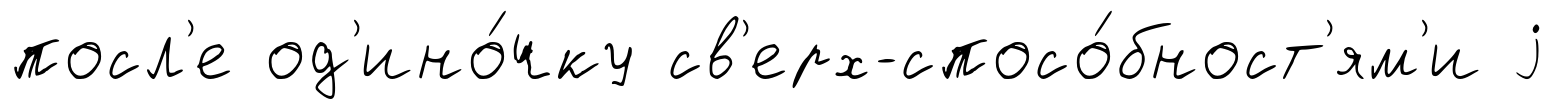
посл'е од'ино́чку св'ерх-спосо́бност'ям'и j